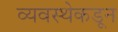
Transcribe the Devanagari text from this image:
व्यवस्थेकडून